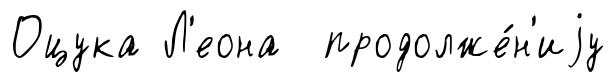
Оцука Л'еона продолже́н'иjу